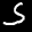
Label: 5